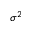
\sigma ^ { 2 }